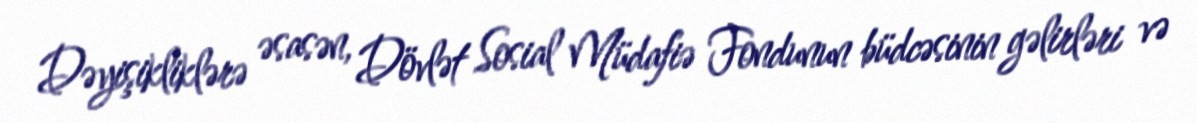
Dəyişikliklərə əsasən, Dövlət Sosial Müdafiə Fondunun büdcəsinin gəlirləri və